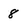
Character: 8